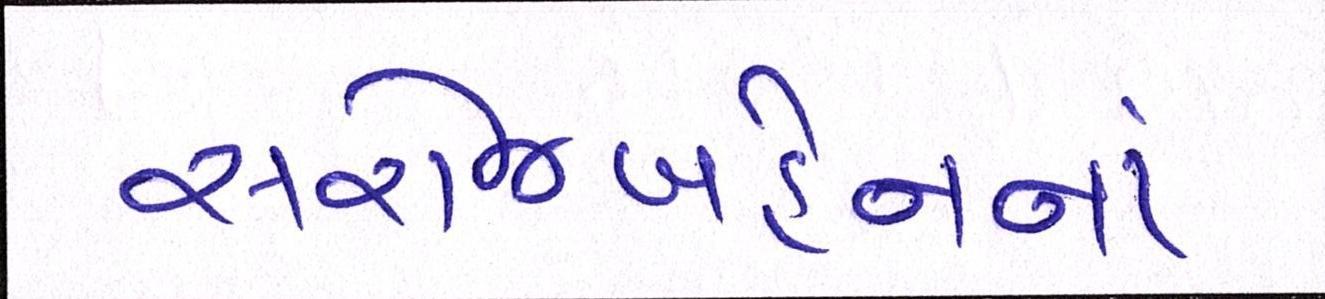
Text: સરોજબહેનનાં